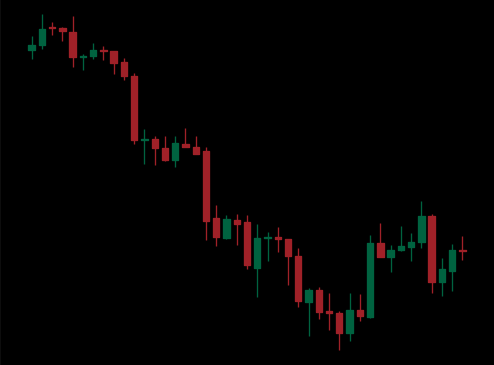
Pattern: bull_flag